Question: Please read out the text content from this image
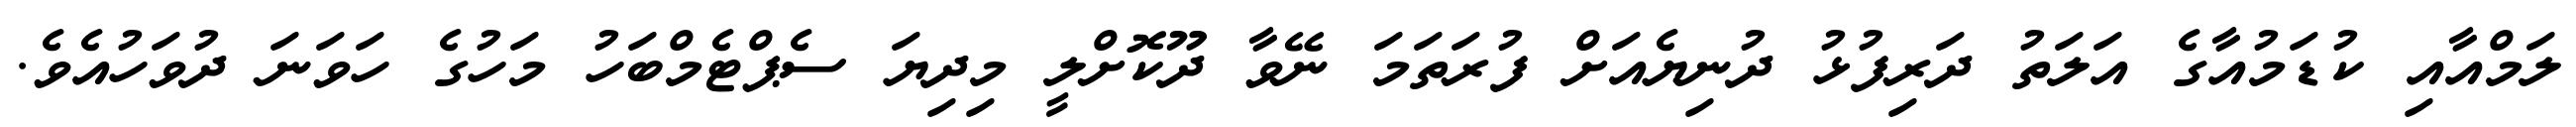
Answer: ލަމްއާއި ކުޑަމުއާގެ އަލަތު ދަރިފުޅު ދުނިޔެއަށް ފުރަތަމަ ނޭވާ ދޫކޮށްލީ މިދިޔަ ސެޕްޓެމްބަހު މަހުގެ ހަވަނަ ދުވަހުއެވެ.